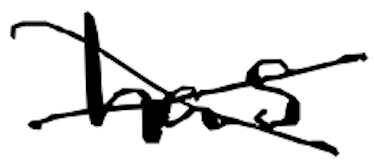
Text: has
Cross-out: cross
Writing tool: digital_black